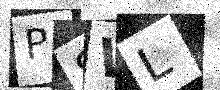
Text: P8WL